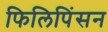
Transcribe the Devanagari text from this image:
फिलिपिंसन